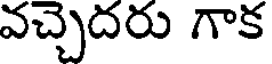
వచ్చెదరు గాక